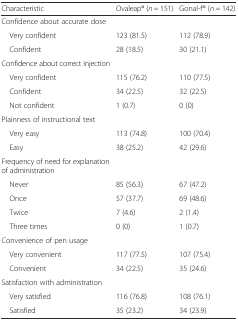
| Characteristic | Ovaleap® (n = 151) | Gonal-f® (n = 142) |
 | --- | --- | --- |
 | Confidence about accurate dose |  |  |
 | Very confident | 123 (81.5) | 112 (78.9) |
 | Confident | 28 (18.5) | 30 (21.1) |
 | Confidence about correct injection |  |  |
 | Very confident | 115 (76.2) | 110 (77.5) |
 | Confident | 34 (22.5) | 32 (22.5) |
 | Not confident | 1 (0.7) | 0 (0) |
 | Plainness of instructional text |  |  |
 | Very easy | 113 (74.8) | 100 (70.4) |
 | Easy | 38 (25.2) | 42 (29.6) |
 | Frequency of need for explanation of administration |  |  |
 | Never | 85 (56.3) | 67 (47.2) |
 | Once | 57 (37.7) | 69 (48.6) |
 | Twice | 7 (4.6) | 2 (1.4) |
 | Three times | 0 (0) | 1 (0.7) |
 | Convenience of pen usage |  |  |
 | Very convenient | 117 (77.5) | 107 (75.4) |
 | Convenient | 34 (22.5) | 35 (24.6) |
 | Satisfaction with administration |  |  |
 | Very satisfied | 116 (76.8) | 108 (76.1) |
 | Satisfied | 35 (23.2) | 34 (23.9) |